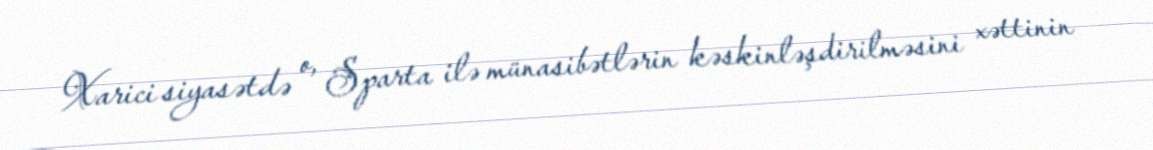
Xarici siyasətdə o, Sparta ilə münasibətlərin kəskinləşdirilməsini xəttinin